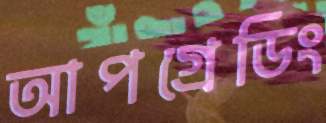
আপগ্রেডিং